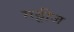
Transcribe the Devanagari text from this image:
गट्टीज